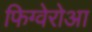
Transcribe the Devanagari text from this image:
फिग्वेरोआ